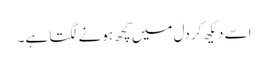
اسے دیکھ کر دل میں کچھ ہونے لگتا ہے۔